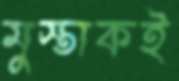
মুস্তাকই